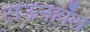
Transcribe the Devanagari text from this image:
टाऊनहॉल